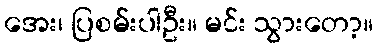
အေး၊ ပြစမ်းပါဦး။ မင်း သွားတော့။